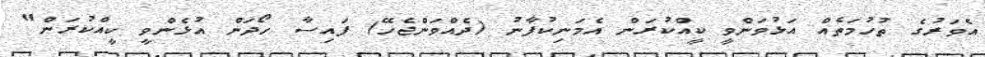
އެވަރުގެ ތުހުމަތެއް އަޅުވަންވީ ކީއްކުރަން އެމަނިކުފާނު (ދެއްވަންޖެހޭ) ފައިސާ ހޯދަން އުޅެންވީ ކީއްކުރަން"